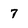
Character: 7